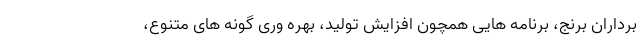
برداران برنج، برنامه هایی همچون افزایش تولید، بهره وری گونه های متنوع،